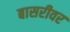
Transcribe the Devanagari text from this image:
बासरीवर